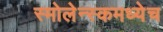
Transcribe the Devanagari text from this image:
स्मोलेन्स्कमध्येच